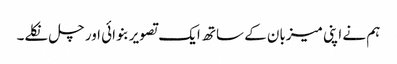
ہم نے اپنی میزبان کے ساتھ ایک تصویر بنوائی اور چل نکلے۔